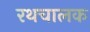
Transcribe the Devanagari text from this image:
रथचालक